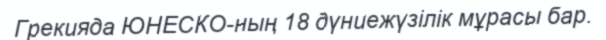
Грекияда ЮНЕСКО-ның 18 дүниежүзілік мұрасы бар.